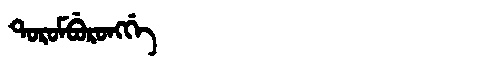
Manchu: ᡨᠣᡵᠣᠮᠪᡠᡵᠣᠩᡤᡝ
Romanization: TOROMBURONGGE